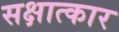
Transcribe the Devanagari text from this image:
सक्षात्कार